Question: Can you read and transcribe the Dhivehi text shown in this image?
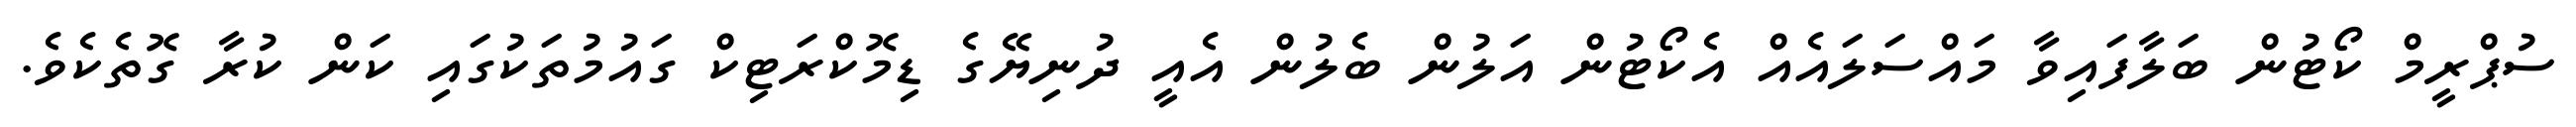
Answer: ސުޕްރީމް ކޯޓުން ބަލާފައިވާ މައްސަލައެއް އެކޯޓުން އަލުން ބެލުން އެއީ ދުނިޔޭގެ ޑިމޮކްރަޓިކް ގައުމުތަކުގައި ކަން ކުރާ ގޮތެކެވެ.